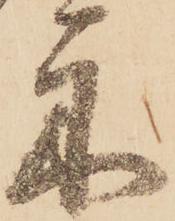
示